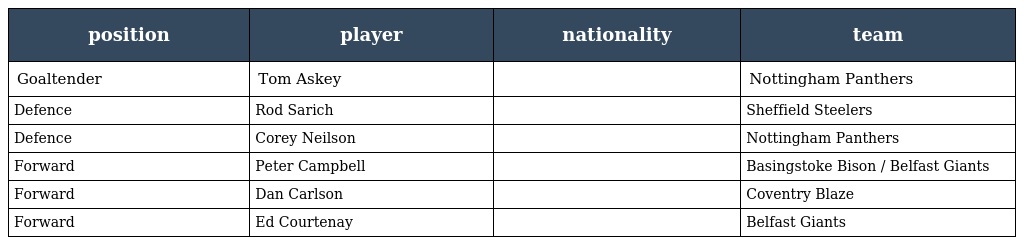
| position | player | nationality | team |
 | --- | --- | --- | --- |
 | Goaltender | Tom Askey |  | Nottingham Panthers |
 | Defence | Rod Sarich |  | Sheffield Steelers |
 | Defence | Corey Neilson |  | Nottingham Panthers |
 | Forward | Peter Campbell |  | Basingstoke Bison / Belfast Giants |
 | Forward | Dan Carlson |  | Coventry Blaze |
 | Forward | Ed Courtenay |  | Belfast Giants |